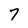
Character: 7